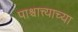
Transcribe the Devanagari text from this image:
पाश्चात्त्याच्या